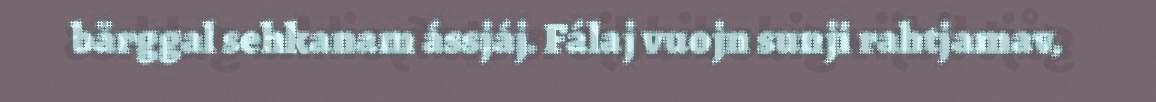
bärggal sehkanam ássjáj. Fálaj vuojn sunji rahtjamav,